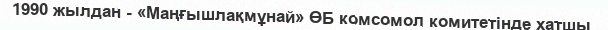
1990 жылдан - «Маңғышлақмұнай» ӨБ комсомол комитетінде хатшы.